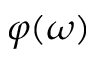
\varphi ( \omega )